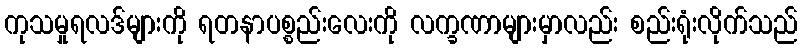
ကုသမှုရလဒ်များကို ရတနာပစ္စည်းလေးကို လက္ခဏာများမှာလည်း စည်းရုံးလိုက်သည်